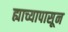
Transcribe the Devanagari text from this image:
ह्याच्यापासून